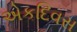
એકદિવસ